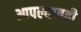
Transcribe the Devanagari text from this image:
आपल्यातही